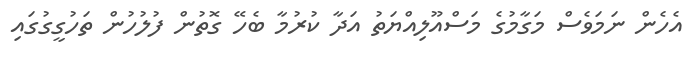
އެހެން ނަމަވެސް މަގާމުގެ މަސްއޫލިއްޔަތު އަދާ ކުރުމާ ބެހޭ ގޮތުން ފުލުހުން ތަހުގީގުގައި